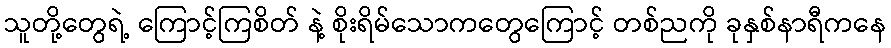
သူတို့တွေရဲ့ ကြောင့်ကြစိတ် နဲ့ စိုးရိမ်သောကတွေကြောင့် တစ်ညကို ခုနှစ်နာရီကနေ